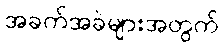
အခက်အခဲများအတွက်